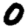
Digit: 0